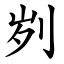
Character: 刿